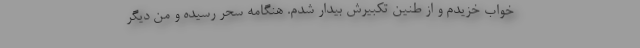
خواب خزیدم و از طنین تکبیرش بیدار شدم. هنگامه سحر رسیده و من دیگر